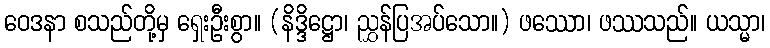
ဝေဒနာ စသည်တို့မှ ရှေးဦးစွာ။ (နိဒ္ဒိဋ္ဌော၊ ညွှန်ပြအပ်သော။) ဖဿော၊ ဖဿသည်။ ယသ္မာ၊